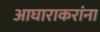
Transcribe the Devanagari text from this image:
आघाराकरांना